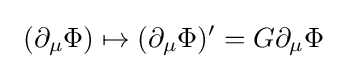
\ (\partial _{\mu }\Phi )\mapsto (\partial _{\mu }\Phi )'=G\partial _{\mu }\Phi